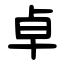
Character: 卓